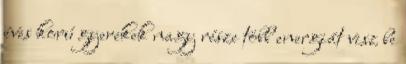
éves korú gyerekek nagy része több energiát visz be